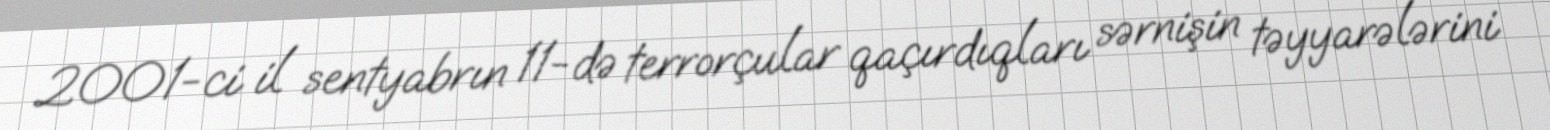
2001-ci il sentyabrın 11-də terrorçular qaçırdıqları sərnişin təyyarələrini